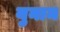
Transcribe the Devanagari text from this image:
युनाम